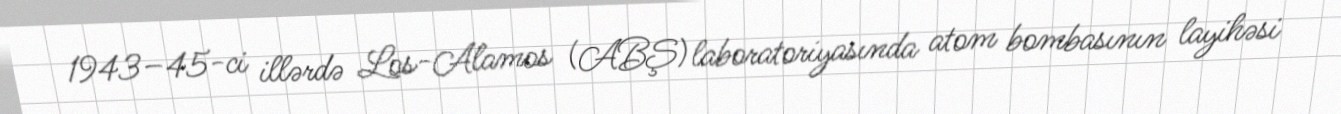
1943–45-ci illərdə Los-Alamos (ABŞ) laboratoriyasında atom bombasının layihəsi